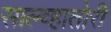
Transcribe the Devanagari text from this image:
साल्व्हातोरी